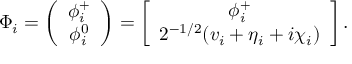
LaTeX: \Phi _ { i } = \left( \begin{array} { c } { { \phi _ { i } ^ { + } } } \\ { { \phi _ { i } ^ { 0 } } } \end{array} \right) = \left[ \begin{array} { c } { { \phi _ { i } ^ { + } } } \\ { { 2 ^ { - 1 / 2 } ( v _ { i } + \eta _ { i } + i \chi _ { i } ) } } \end{array} \right] .